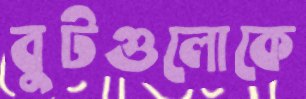
বুটগুলোকে